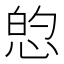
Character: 𱞡